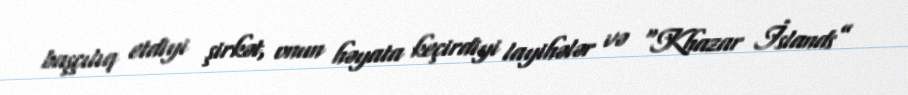
başçılıq etdiyi şirkət, onun həyata keçirdiyi layihələr və “Khazar İslands”